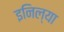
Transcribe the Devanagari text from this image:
इनिल्या